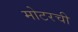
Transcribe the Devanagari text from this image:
मोटरची